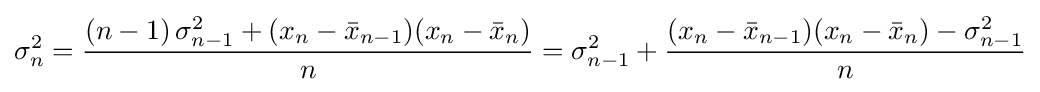
\sigma _{n}^{2}={\frac {(n-1)\,\sigma _{n-1}^{2}+(x_{n}-{\bar {x}}_{n-1})(x_{n}-{\bar {x}}_{n})}{n}}=\sigma _{n-1}^{2}+{\frac {(x_{n}-{\bar {x}}_{n-1})(x_{n}-{\bar {x}}_{n})-\sigma _{n-1}^{2}}{n}}